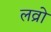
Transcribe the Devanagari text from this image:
लव्रो